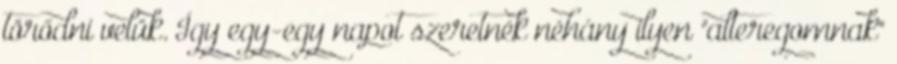
törődni velük. Így egy-egy napot szeretnék néhány ilyen "alteregomnak"